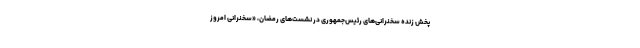
پخش زنده سخنرانی‌های رئیس‌جمهوری در نشست‌های رمضان، «سخنرانی امروز